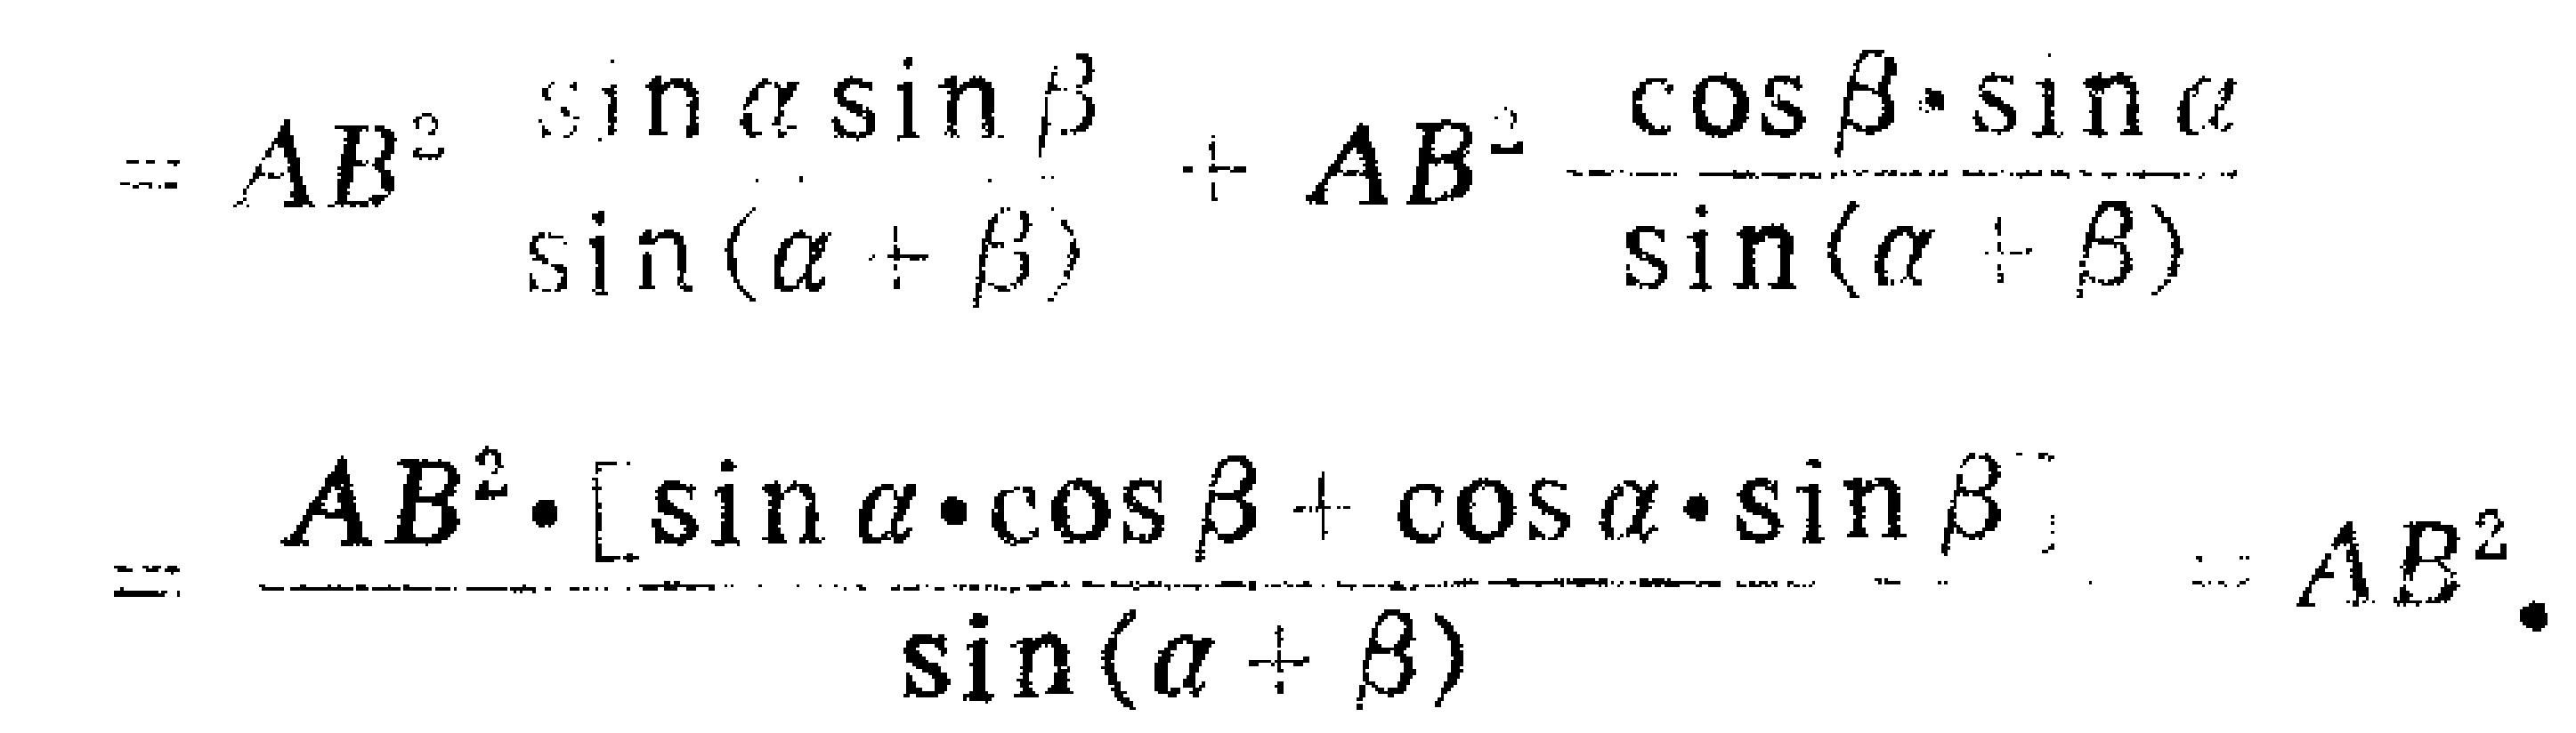
\[

\begin{align*}

&=AB^{2}\frac{\sin\alpha\sin\beta}{\sin(\alpha + \beta)}+AB^{2}\frac{\cos\beta\cdot\sin\alpha}{\sin(\alpha + \beta)}\\

&=\frac{AB^{2}\cdot[\sin\alpha\cdot\cos\beta+\cos\alpha\cdot\sin\beta]}{\sin(\alpha + \beta)}=AB^{2}.

\end{align*}

\]